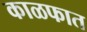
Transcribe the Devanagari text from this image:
काळफात